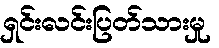
ရှင်းလင်းပြတ်သားမှု